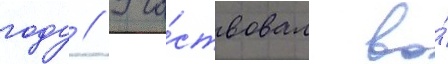
году // Уча́ствовал во́